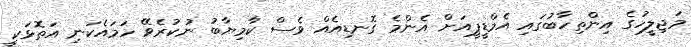
މަޖިލީހުގެ އިންތިހާބުގައި އެމްޑީޕީއަށް އެންމެ ގޮނޑިއެއް ވެސް ކާމިޔާބު ނުކުރެވޭ ހަމައެކަނި އަތޮޅަކީ